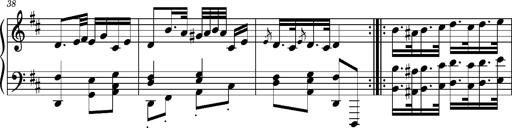
Title: Ungarischer Romanzero
Composer: Franz Liszt